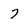
Character: 7